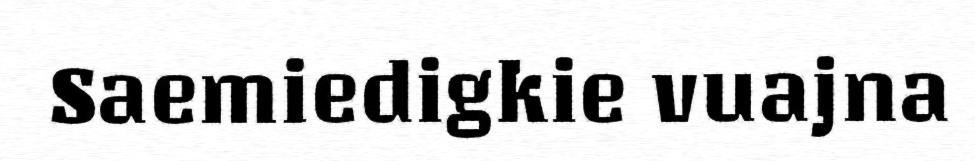
Saemiedigkie vuajna